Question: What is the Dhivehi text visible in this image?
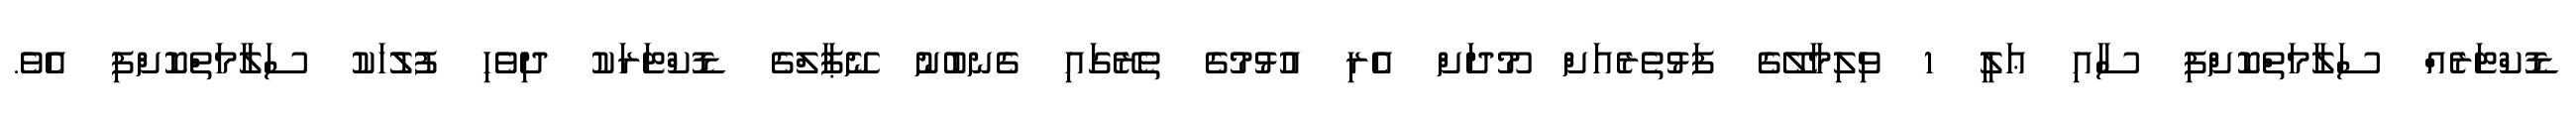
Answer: ޑޮކްޓަރެއް ސަލާމަތްކޮށްފި ސާއި ޢަލީ 1 ވިލިމާލޭގެ ފަޅުތެރެއަށް މޫދަށް އެރި އުޅުމުގެ ތެރޭގައި ގެނބުނު ނޭޕާލްގެ ޑޮކްޓަރަކު ދިވެހި ފުލުހަކު ސަލާމަތްކޮށްފި އެވެ.